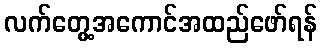
လက်တွေ့အကောင်အထည်ဖော်ရန်